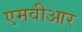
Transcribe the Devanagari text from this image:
एमवीआर